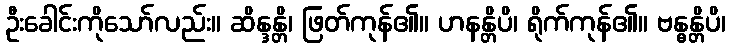
ဦးခေါင်းကိုသော်လည်း။ ဆိန္ဒန္တိ၊ ဖြတ်ကုန်၏။ ဟနန္တိပိ၊ ရိုက်ကုန်၏။ ဗန္ဓန္တိပိ၊